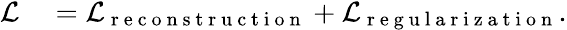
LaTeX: \begin{array}{rl}{\mathcal{L}}&{{}=\mathcal{L}_{\mathrm{~r~e~c~o~n~s~t~r~u~c~t~i~o~n~}}+\mathcal{L}_{\mathrm{~r~e~g~u~l~a~r~i~z~a~t~i~o~n~}}.}\end{array}